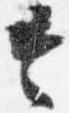
令